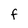
Character: f